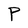
Character: P